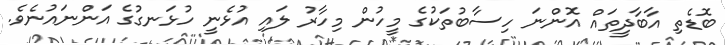
ބޮޑެތި އާބާދީތައް އޮންނަ ހިސާބުތަކުގެ މީހުން މިހާރު ލައި އުޅެނީ ހުޅަނގުގެ އަންނައުނެވެ.